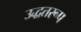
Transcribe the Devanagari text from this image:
उद्धतरूप